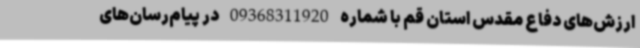
ارزش‌های دفاع مقدس استان قم با شماره 09368311920 در پیام‌رسان‌های